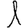
Digit: 1